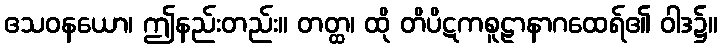
ဧသဝနယော၊ ဤနည်းတည်း။ တတ္ထ၊ ထို တိပိဋကစူဠာနာဂထေရ်၏ ဝါဒ၌။